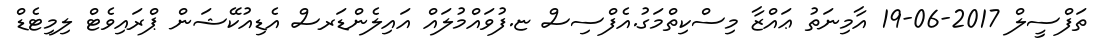
ތަފްސީލް 2017-06-19 އާމިނަތު ޢައްޒާ މިސްކިތްމަގު.އެފްސިސް ޏ.ފުވައްމުލައް އައިލެންޑަރސް އެޑިއުކޭޝަން ޕްރައިވެޓް ލިމިޓެޑް